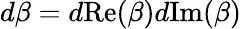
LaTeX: d\beta=d\mathrm{Re}(\beta)d\mathrm{Im}(\beta)